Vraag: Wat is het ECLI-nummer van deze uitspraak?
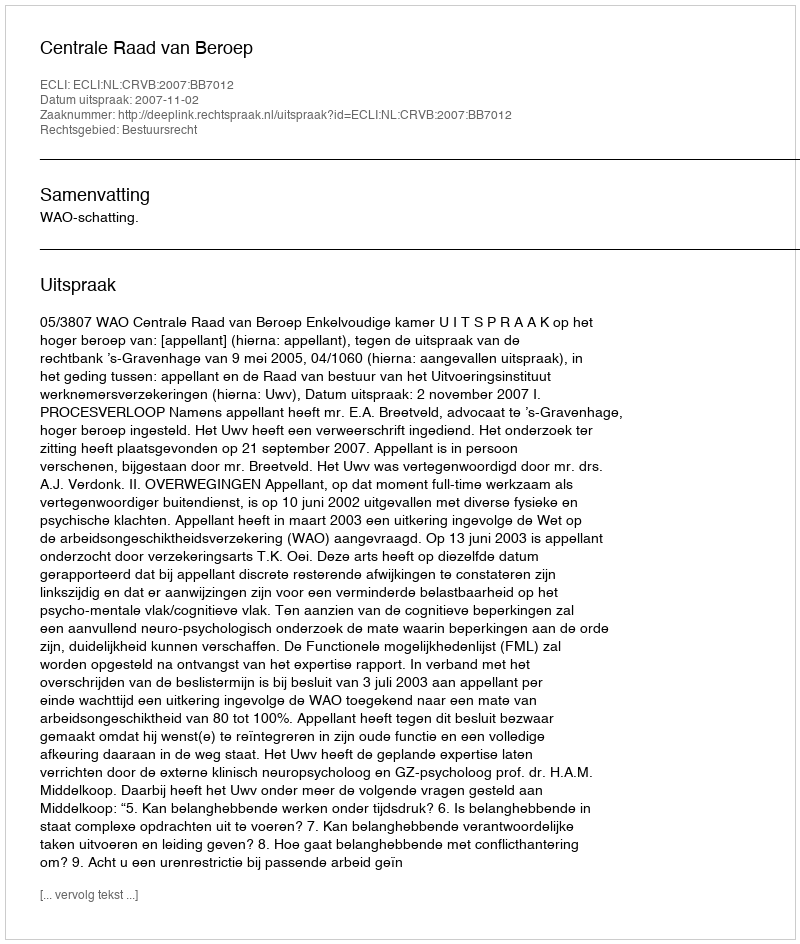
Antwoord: ECLI:NL:CRVB:2007:BB7012